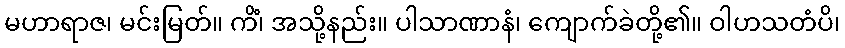
မဟာရာဇ၊ မင်းမြတ်။ ကိံ၊ အသို့နည်း။ ပါသာဏာနံ၊ ကျောက်ခဲတို့၏။ ဝါဟသတံပိ၊